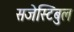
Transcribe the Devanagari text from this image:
सजेस्टिबुल